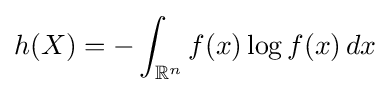
h(X)=-\int _{\mathbb {R} ^{n}}f(x)\log f(x)\,dx